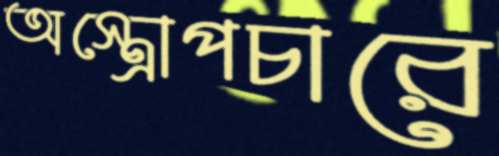
অস্ত্রোপচারে